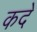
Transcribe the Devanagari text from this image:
कदे